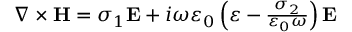
\begin{array} { r } { \nabla \times \textbf H = \sigma _ { 1 } \textbf E + i \omega \varepsilon _ { 0 } \left( \varepsilon - \frac { \sigma _ { 2 } } { \varepsilon _ { 0 } \omega } \right) \textbf E } \end{array}